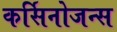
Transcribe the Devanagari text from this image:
कर्सिनोजन्स